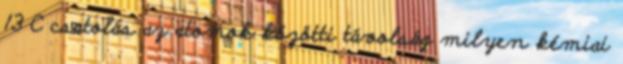
13 C csatolás az atomok közötti távolság milyen kémiai